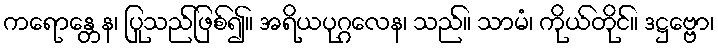
ကရောန္တေန၊ ပြုသည်ဖြစ်၍။ အရိယပုဂ္ဂလေန၊ သည်။ သာမံ၊ ကိုယ်တိုင်။ ဒဋ္ဌဗ္ဗော၊